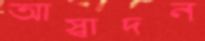
আস্বাদন